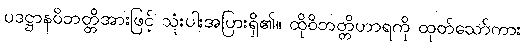
ပဒဋ္ဌာနဝိဘတ္တိအားဖြင့် သုံးပါးအပြားရှိ၏။ ထိုဝိဘတ္တိဟာရကို ထုတ်သော်ကား